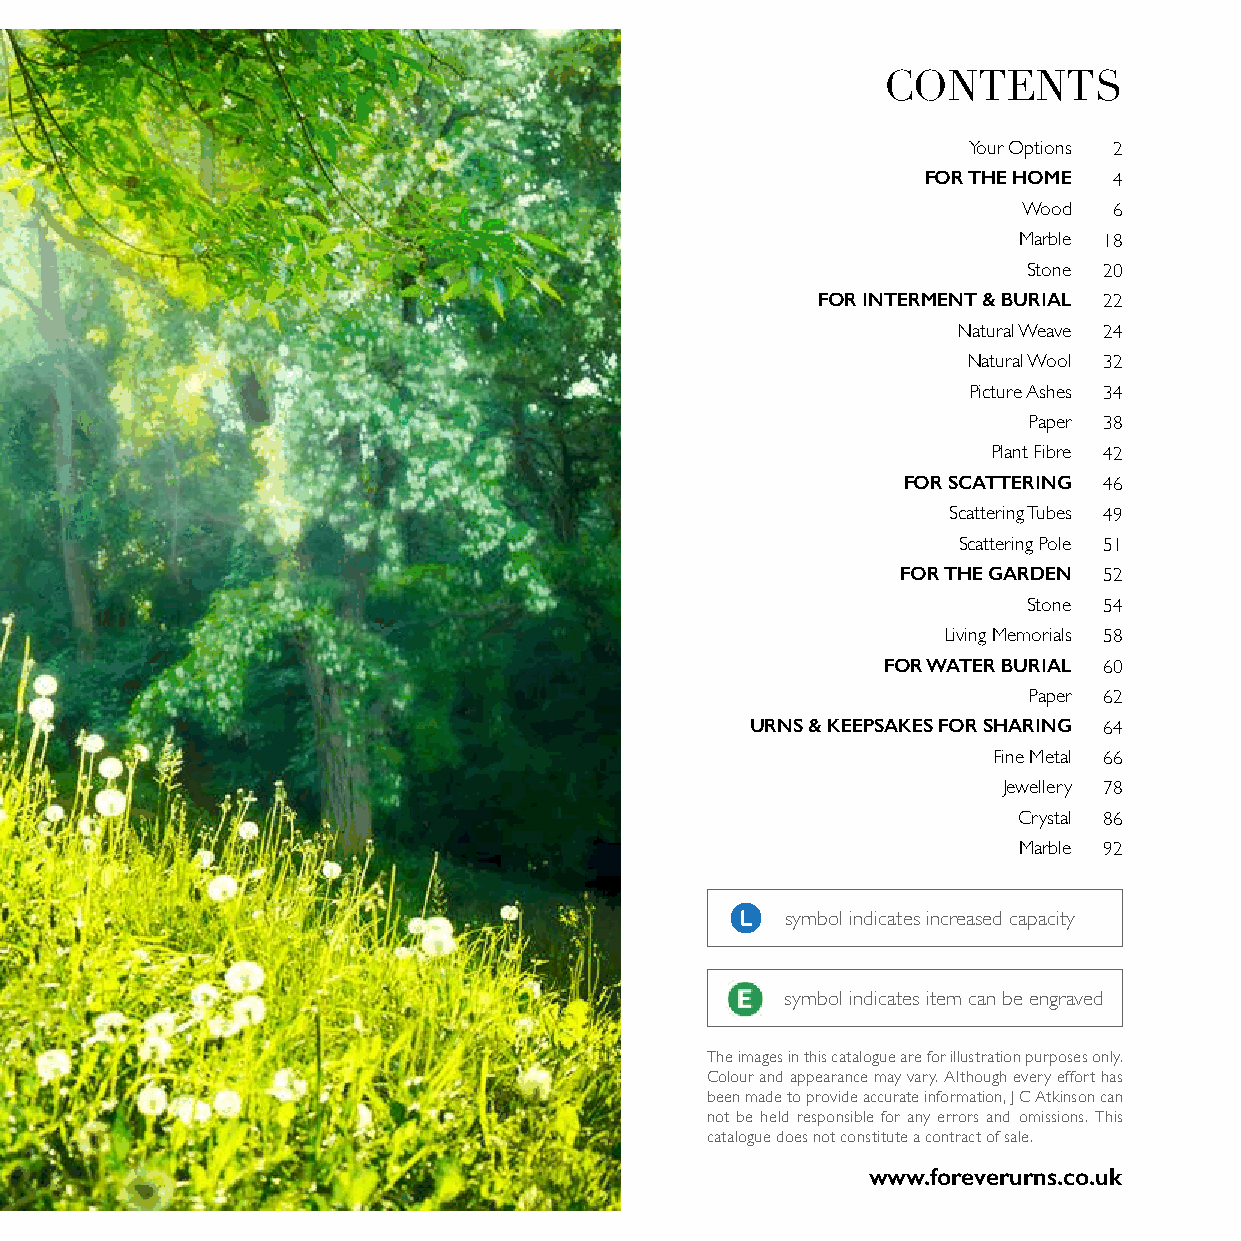
CONTENTS
 Your Options 2
 FOR THE HOME 4
 Wood  6
 Marble 18
 Stone 20
 FOR INTERMENT & BURIAL 22
 Natural Weave 24
 Natural Wool 32
 Picture Ashes 34
 Paper 38
 Plant Fibre 42
 FOR SCATTERING 46
 Scattering Tubes 49
 Scattering Pole 51
 FOR THE GARDEN 52
 Stone 54
 Living Memorials 58
 FOR WATER BURIAL 60
 Paper 62
 URNS & KEEPSAKES FOR SHARING 64
 Fine Metal 66
 Jewellery 78
 Crystal 86
 Marble 92
 symbol indicates increased capacity
 symbol indicates item can be engraved
 The images in this catalogue are for illustration purposes only.
 Colour and appearance may vary. Although every effort has
 been made to provide accurate information, J C Atkinson can
 not be held responsible for any errors and omissions. This
 catalogue does not constitute a contract of sale.
 www.foreverurns.co.uk